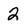
Character: 2